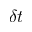
\delta t